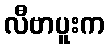
လီဗာပူးက